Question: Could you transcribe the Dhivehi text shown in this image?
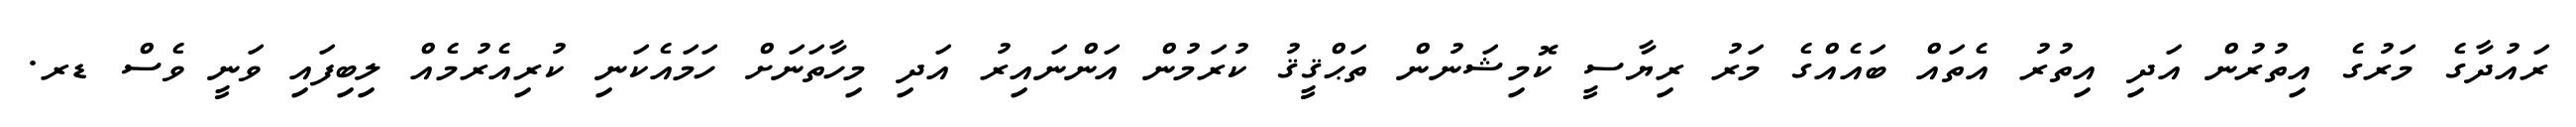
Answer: ރައުދާގެ މަރުގެ އިތުރުން އަދި އިތުރު އެތައް ބައެއްގެ މަރު ރިޔާސީ ކޮމިޝަނުން ތަޙްޤީޤު ކުރަމުން އަންނައިރު އަދި މިހާތަނަށް ހަމައެކަނި ކުރިއެރުމެއް ލިބިފައި ވަނީ ވެސް ޑރ.